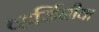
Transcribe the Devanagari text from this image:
व्हर्जिनीया